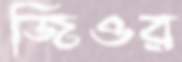
জিওর